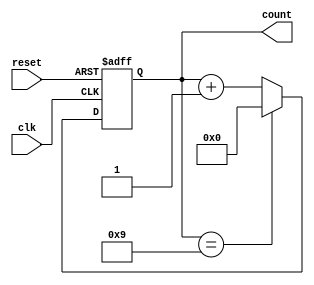
module DecadeRingCounter (
    input wire clk,          // Clock input
    input wire reset,        // Asynchronous reset input
    output reg [3:0] count   // 4-bit output to represent the count
);

// Asynchronous reset logic
always @(posedge clk or posedge reset) begin
    if (reset) begin
        count <= 4'b0000; // Reset the count to 0
    end else begin
        // Next state logic for counting from 0 to 9
        if (count == 4'b1001) begin
            count <= 4'b0000; // Reset to 0 after reaching 9
        end else begin
            count <= count + 1; // Increment the count
        end
    end
end

endmodule